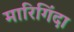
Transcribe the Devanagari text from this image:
मारिगिंदा